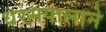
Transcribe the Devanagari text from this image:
धरमपालाने